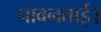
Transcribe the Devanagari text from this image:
पावनताई।